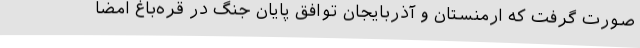
صورت گرفت که ارمنستان و آذربایجان توافق پایان جنگ در قره‌باغ امضا